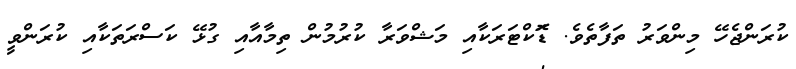
ކުރަންޖެހޭ މިންވަރު ތަފާތެެވެ. ޑޮަކްޓަރަކާއި މަޝްވަރާ ކުރުމުން ތިމާއާއި ގުޅޭ ކަސްރަތަކާއި ކުރަންވީ